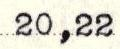
20,22